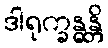
ဒါရုက္ခန္ဓန္တိ